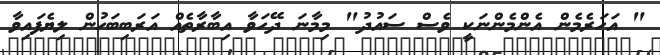
" އަހަރެމެން އެންމެންނަކީ ވެސް ސައުދު" މިމާނަ ދޭހަވާ އިބާރާތެއް އަރަބިބަހުން ލިޔެފައިވާ